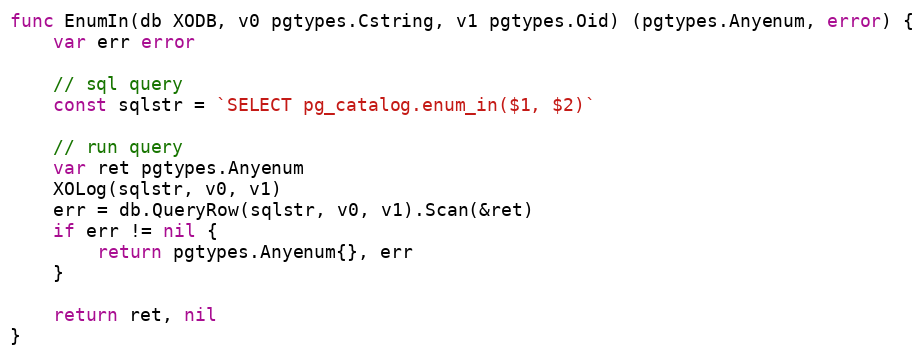
Language: Go
func EnumIn(db XODB, v0 pgtypes.Cstring, v1 pgtypes.Oid) (pgtypes.Anyenum, error) {
	var err error

	// sql query
	const sqlstr = `SELECT pg_catalog.enum_in($1, $2)`

	// run query
	var ret pgtypes.Anyenum
	XOLog(sqlstr, v0, v1)
	err = db.QueryRow(sqlstr, v0, v1).Scan(&ret)
	if err != nil {
		return pgtypes.Anyenum{}, err
	}

	return ret, nil
}